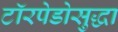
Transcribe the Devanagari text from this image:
टॉरपेडोसुद्धा